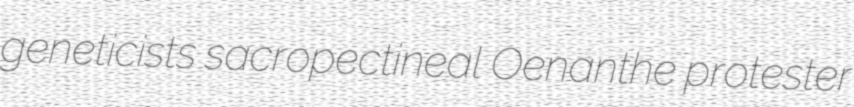
geneticists sacropectineal Oenanthe protester